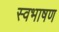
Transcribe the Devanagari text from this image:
स्वभाषण